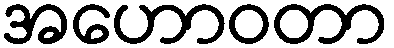
အဟောဝတာ